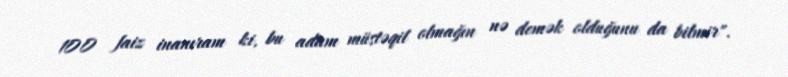
100 faiz inanıram ki, bu adam müstəqil olmağın nə demək olduğunu da bilmir".